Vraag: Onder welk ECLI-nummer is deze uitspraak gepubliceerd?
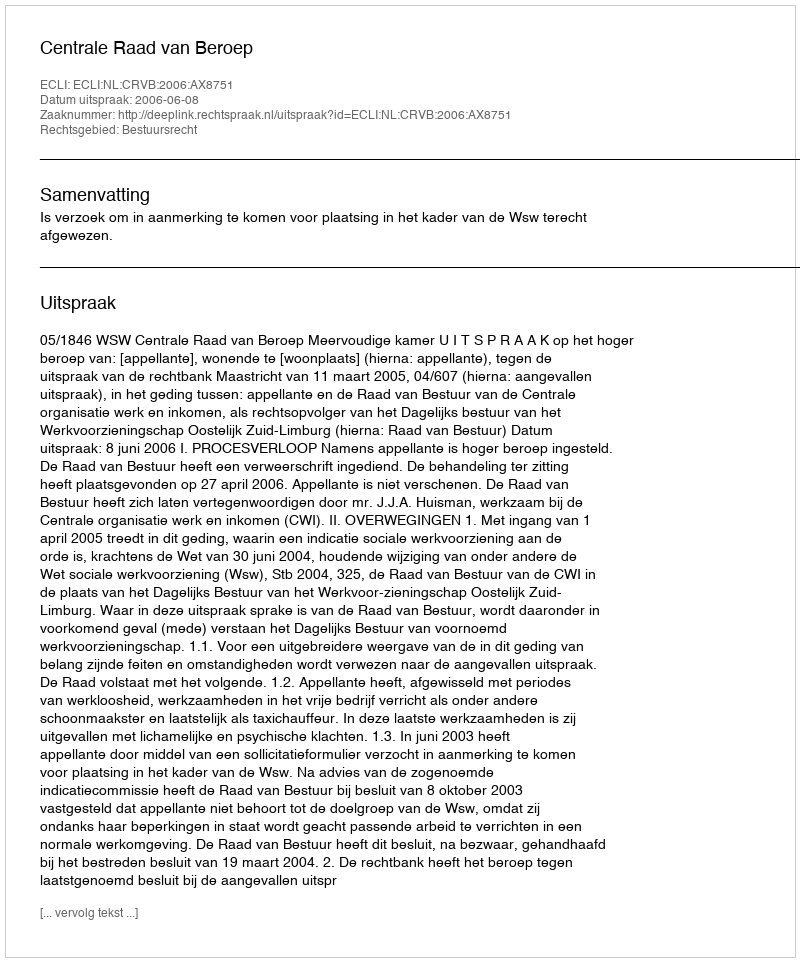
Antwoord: ECLI:NL:CRVB:2006:AX8751